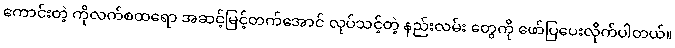
ကောင်းတဲ့ ကိုလက်စထရော အဆင့်မြင့်တက်အောင် လုပ်သင့်တဲ့ နည်းလမ်း တွေကို ဖော်ပြပေးလိုက်ပါတယ်။